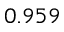
0 . 9 5 9